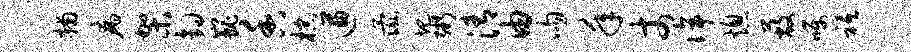
捕病架钩巍香棕遒彘圯粥清由吻年丈侔熄蔽嘱祗